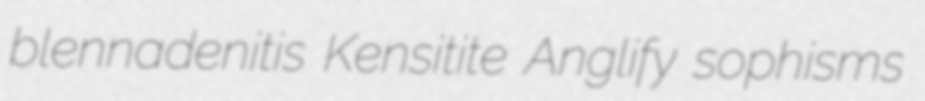
blennadenitis Kensitite Anglify sophisms